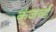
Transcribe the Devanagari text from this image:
कंजर्व्ड